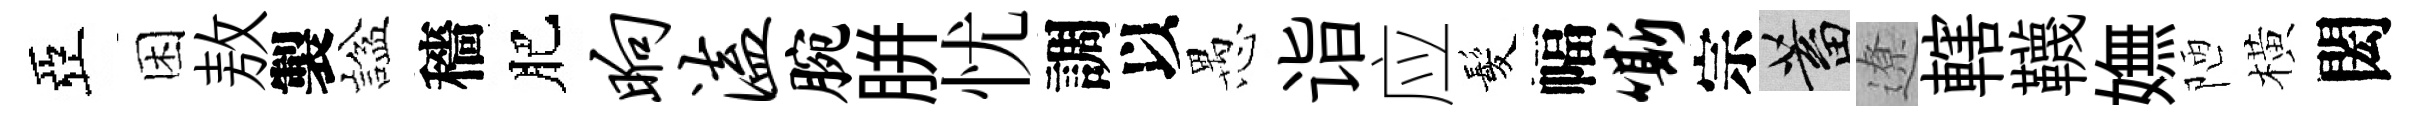
亞困敖製諡穡肥晌溘腕胼忧調以愚诣应髪幅嘶宗蓄遼轄韈嫵陋橫閎